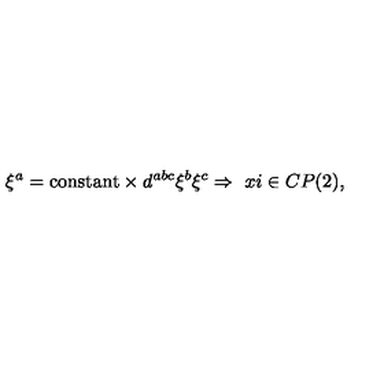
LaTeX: \xi ^ { a } = \mathrm { c o n s t a n t } \times d ^ { a b c } \xi ^ { b } \xi ^ { c } \Rightarrow \ x i \in C P ( 2 ) ,